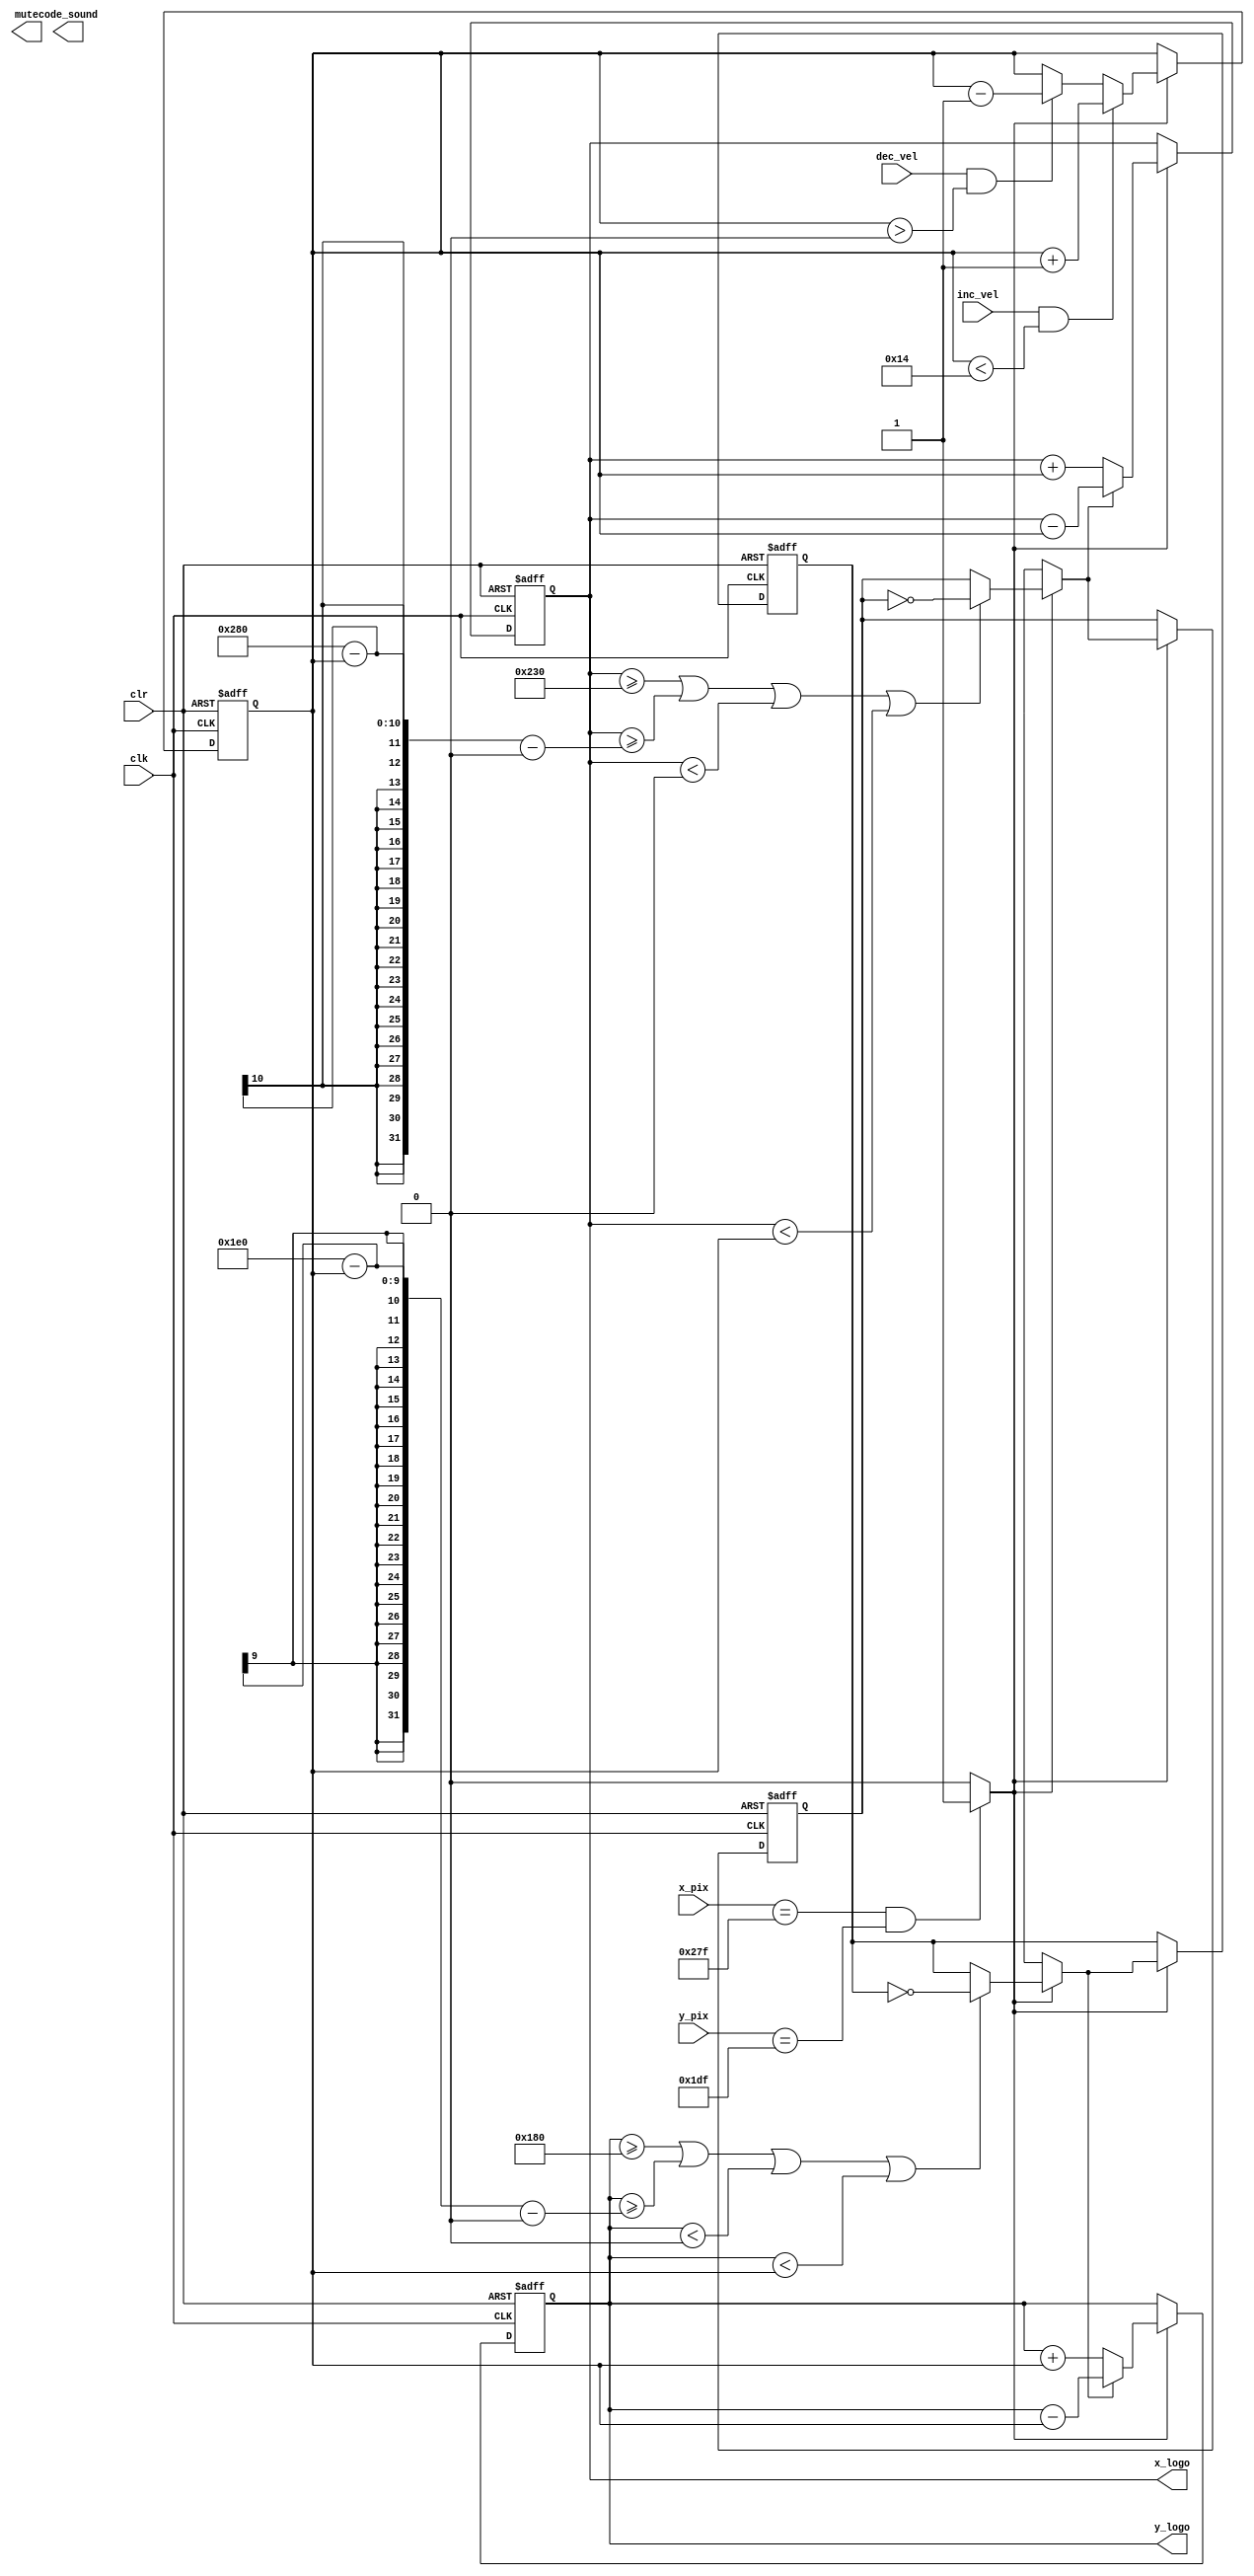
//////////////////////////////////////////////////////////////////////////////////
// Company: Ridotech
// 
// Module Name: dinamic
// Description: Dynamic debounce logo behaviour like in a screen-saver.
//
// Dependencies: 
//
// Revision: 
// Revision 0.01 - File Created
// Revision 0.02 - Sergio Cuenca: frame update during Vblanking to avoid intra-frame update
//
// Additional Comments: 
//
//////////////////////////////////////////////////////////////////////////////////
module dynamic (
                input wire        clk,        // System clock.
                input wire        clr,        // Asynchronous reset.
                output reg [9:0]  x_logo,     // X position for actual logo.
                output reg [9:0]  y_logo,     // Y position for actual logo.
                input  wire [9:0]  x_pix,        // X position for actual pixel.
                input  wire [9:0]  y_pix,        // Y position for actual pixel.
                input wire        inc_vel,    // Increase velocity.
                input wire        dec_vel,    // Decrease velocity.
                output wire       mute,       // Silence actual sound.
                output wire [1:0] code_sound  // Code of sound (silence, ping, pong, go). 
               );

    // Sounds definition.
    parameter [1:0] ping = 2'b10;
    parameter [1:0] pong = 2'b01;
    parameter [1:0] go   = 2'b11;
    parameter [1:0] stop = 2'b00;

	// Logo dimension.
    parameter width_logo = 80;
    parameter height_logo = 96;

    // Border definition.
    parameter border = 0;
    parameter [9:0] x_logo_min = border;
    parameter [9:0] x_logo_max = 640 - width_logo - border;
    parameter [9:0] y_logo_min = border;
    parameter [9:0] y_logo_max = 480 - height_logo - border;

    // 
	parameter [9:0] VISIBLECOLS = 640;
	parameter [9:0] VISIBLEROWS = 480;

	//speed and direction regs;
	reg [4:0] SPEED;
	reg dx;
	reg dy;
	wire endframe;
	
	// initialization of logo location, direction and speed 
	initial
    begin
		x_logo <= (640 - width_logo)/4;
		y_logo <= (480 - height_logo)/4;
		dx <=0;
		dy <=0;
		SPEED <= 1;
    end

	assign endframe = (x_pix==VISIBLECOLS-1 && y_pix==VISIBLEROWS-1)? 1'b1 : 1'b0 ;
	
	
	// Update logo 
	always @(posedge clk or posedge clr )
    begin
 		if (clr)
		begin	
			dx<=0; dy<=0;
			x_logo <= (640 - width_logo)/2;
		    y_logo <= (480 - height_logo)/2;
			SPEED <= 1;
		end
		else
		begin
			if (endframe)
			begin
				// bounce with vertical borders
				if (x_logo>=x_logo_max  || x_logo>=(VISIBLECOLS-SPEED-border) || x_logo<border || x_logo<SPEED) 
				begin	
					dx = ~ dx;
					//mute = 0;
					//code_sound <= pong;
				end
				// bounce with horizontal borders
				if (y_logo>=y_logo_max  || y_logo>=(VISIBLEROWS-SPEED-border) || y_logo<border || y_logo<SPEED) 
				begin
					dy = ~ dy;
					//mute = 0;
					//code_sound <= pong;
				end
				// update the X coordinate
				if (dx==0)
					x_logo = x_logo+SPEED;
				else 
					x_logo = x_logo-SPEED;
				//update the X coordinate
				if (dy==0)
					y_logo = y_logo+SPEED;
				else 
					y_logo = y_logo-SPEED;
				// inc velocities
				if (inc_vel && SPEED < 20)
					SPEED = SPEED +1;
				else 
					if (dec_vel && SPEED > 0) 
						SPEED = SPEED -1;
		end	
	end
    end
	
endmodule